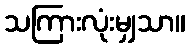
သကြားလုံးမျှသာ။